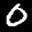
Label: 0